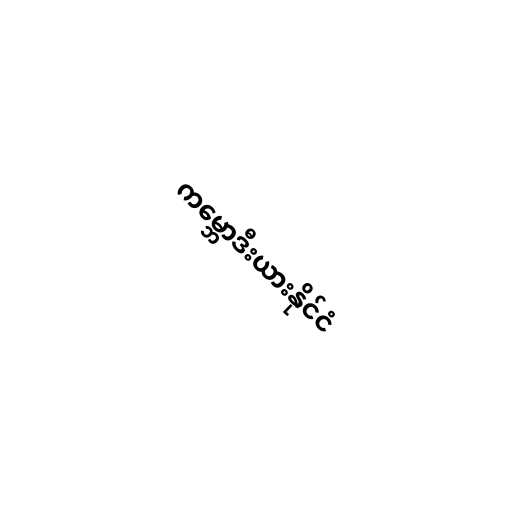
ကမ္ဘောဒီးယားနိုင်ငံ